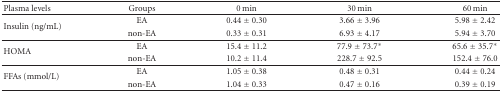
| Plasma levels | Groups | 0 min | 30 min | 60 min |
 | --- | --- | --- | --- | --- |
 | <ROWSPAN=2> Insulin (ng/mL) | EA | 0.44 ± 0.30 | 3.66 ± 3.96 | 5.98 ± 2.42 |
 | non-EA | 0.33 ± 0.31 | 6.93 ± 4.17 | 5.94 ± 3.70 |
 | <ROWSPAN=2> HOMA | EA | 15.4 ± 11.2 | 77.9 ± 73.7* | 65.6 ± 35.7* |
 | non-EA | 10.2 ± 11.4 | 228.7 ± 92.5 | 152.4 ± 76.0 |
 | <ROWSPAN=2> FFAs (mmol/L) | EA | 1.05 ± 0.38 | 0.48 ± 0.31 | 0.44 ± 0.24 |
 | non-EA | 1.04 ± 0.33 | 0.47 ± 0.16 | 0.39 ± 0.19 |